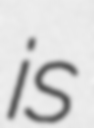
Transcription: is